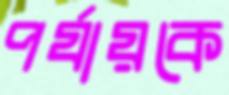
পর্যায়কে